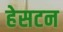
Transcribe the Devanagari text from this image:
हेसटन